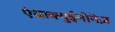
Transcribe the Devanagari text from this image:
एंथ्राक्युईनोनेज़